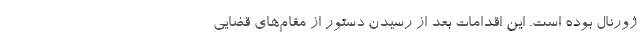
ژورنال بوده است. این اقدامات بعد از رسیدن دستور از مقام‌های قضایی